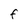
Character: F